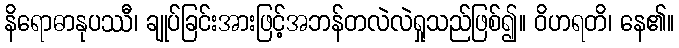
နိရောဓာနုပဿီ၊ ချုပ်ခြင်းအားဖြင့်အဘန်တလဲလဲရှုသည်ဖြစ်၍။ ဝိဟရတိ၊ နေ၏။